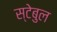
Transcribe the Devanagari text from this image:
स्टेबुल